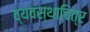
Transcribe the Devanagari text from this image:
व्यवस्थाचित्र